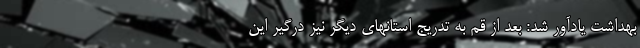
بهداشت یادآور شد: بعد از قم به تدریج استانهای دیگر نیز درگیر این